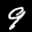
Label: 9